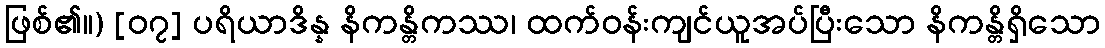
ဖြစ်၏။) [၀၇] ပရိယာဒိန္န နိကန္တိကဿ၊ ထက်ဝန်းကျင်ယူအပ်ပြီးသော နိကန္တိရှိသော